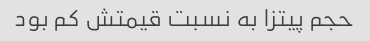
حجم پیتزا به نسبت قیمتش کم بود